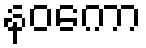
နဝကော